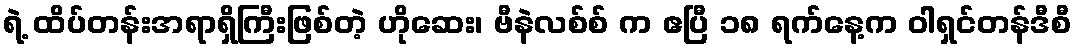
ရဲ့ ထိပ်တန်းအရာရှိကြီးဖြစ်တဲ့ ဟိုဆေး၊ ဗီနဲလစ်စ် က ဧပြီ ၁၈ ရက်နေ့က ဝါရှင်တန်ဒီစီ